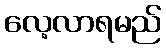
လေ့လာရမည်